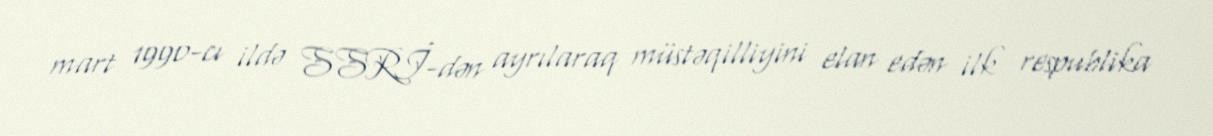
mart 1990-cı ildə SSRİ-dən ayrılaraq müstəqilliyini elan edən ilk respublika